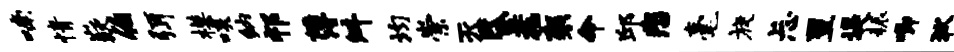
喃情嶷伯弭模啖纳祁薄舛均崇灭昏惹袈命邱悲毫旋忐翌堤耨唧狄